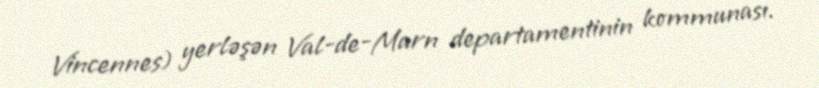
Vincennes) yerləşən Val-de-Marn departamentinin kommunası.